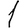
Digit: 1